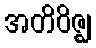
အတိဝိဇ္ဈ